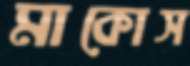
মাকোস